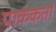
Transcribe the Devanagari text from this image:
पाककर्ता